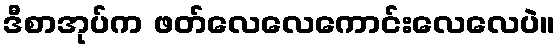
ဒီစာအုပ်က ဖတ်လေလေကောင်းလေလေပဲ။